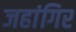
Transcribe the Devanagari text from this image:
जहांगिर